Annual administration report of the Civil Veterinary Department of India - 1907-1908
Year: 1907
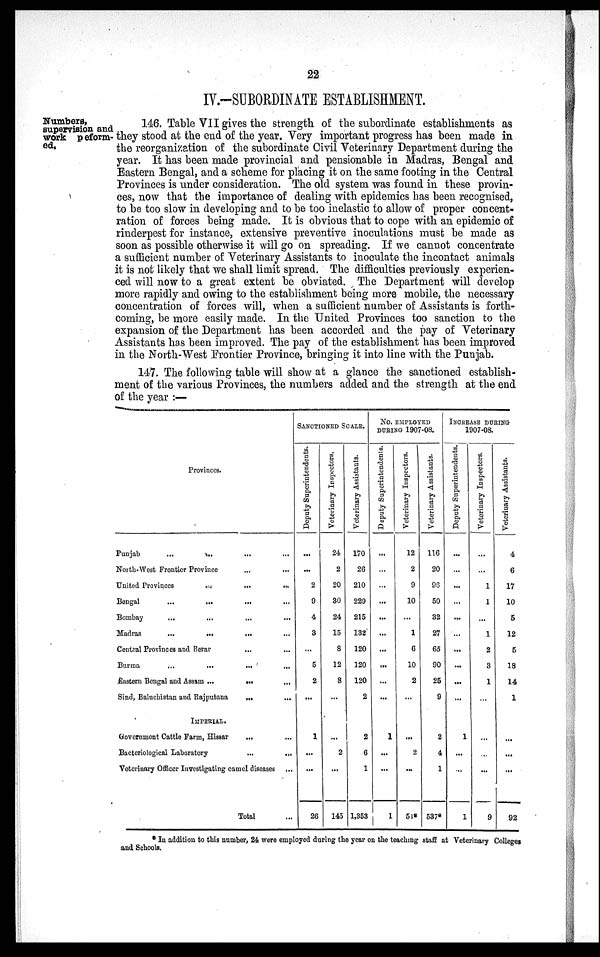
22
IV.-SUBORDINATE ESTABLISHMENT.
Numbers,
supervision and
work peform-
ed.
146. Table VII gives the strength of the subordinate establishments as
they stood at the end of the year. Very important progress has been made in
the reorganization of the subordinate Civil Veterinary Department during the
year. It has been made provincial and pensionable in Madras, Bengal and
Eastern Bengal, and a scheme for placing it on the same footing in the Central
Provinces is under consideration. The old system was found in these provin-
ces, now that the importance of dealing with epidemics has been recognised,
to be too slow in developing and to be too inelastic to allow of proper concent-
ration of forces being made. It is obvious that to cope with an epidemic of
rinderpest for instance, extensive preventive inoculations must be made as
soon as possible otherwise it will go on spreading. If we cannot concentrate
a sufficient number of Veterinary Assistants to inoculate the incontact animals
it is not likely that we shall limit spread. The difficulties previously experien-
ced will now to a great extent be obviated. The Department will develop
more rapidly and owing to the establishment being more mobile, the necessary
concentration of forces will, when a sufficient number of Assistants is forth-
coming, be more easily made. In the United Provinces too sanction to the
expansion of the Department has been accorded and the pay of Veterinary
Assistants has been improved. The pay of the establishment has been improved
in the North-West Frontier Province, bringing it into line with the Punjab.
147. The following table will show at a glance the sanctioned establish-
ment of the various Provinces, the numbers added and the strength at the end
of the year :—
Provinces.
Punjab
... ... ... ...
North-West Frontier Province ... ...
United Provinces
...
...
...
Bengal
...
...
... ...
Bombay
...
...
...
...
Madras
...
...
... ...
Central Provinces and Berar ... ... ... ...
Burma
...
...
... ...
Eastern Bengal and Assam ...
...
...
Sind, Baluchistan and Rajputana ...
...
IMPERIAL.
Government Cattle Farm, Hissar
... ...
Bacteriological Laboratory
...
...
Veterinary Officer Investigating camel diseases
...
Total ...
SANCTIONED SCALE.
Deputy Superintendents.
...
...
2
9
4
3
...
5
2
...
1
...
...
26
Veterinary Inspectors.
24
2
20
30
24
15
8
12
8
...
...
2
...
145
Veterinary Assistants.
170
26
210
229
215
132
120
120
120
2
2
6
1
1,353
NO. EMPLOYED
DURING 1907-08.
Deputy Superintendents.
...
...
...
...
...
...
...
...
...
...
1
...
...
1
Veterinary Inspectors.
12
2
9
10
...
1
6
10
2
...
...
2
...
54*
Veterinary Assistants.
116
20
96
50
32
27
65
90
25
9
2
4
1
537*
INCREASE DURING
1907-08.
Deputy Superintendents.
...
...
...
...
...
...
...
...
...
...
1
...
...
1
Veterinary Inspectors.
...
...
1
1
...
1
2
3
1
...
...
...
...
9
Veterinary Assistants.
4
6
17
10
5
12
5
18
14
1
...
...
...
92
* In addition to this number, 24 were employed during the year on the teaching staff at Veterinary Colleges
and Schools.